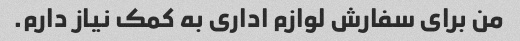
من برای سفارش لوازم اداری به کمک نیاز دارم.